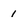
Character: 1